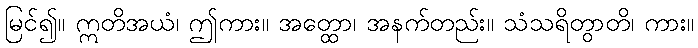
မြင်၍။ ဣတိအယံ၊ ဤကား။ အတ္ထော၊ အနက်တည်း။ သံသရိတွာတိ၊ ကား။